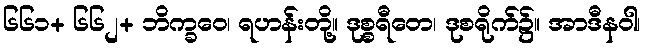
၆၆၁+ ၆၆၂+ ဘိက္ခဝေ၊ ရဟန်းတို့။ ဒုစ္စရီတေ၊ ဒုစရိုက်၌။ အာဒီနဝါ၊